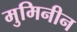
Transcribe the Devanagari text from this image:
मुमिनीन